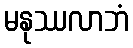
မနုဿလာဘံ